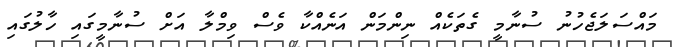
މައްސަލަޖެހުނު ސުނާމީ ގެތަކެއް ނިންމަން އަނެއްކާ ވެސް ވިމްލާ އަށް ސުނާމީގައި ހާލުގައި